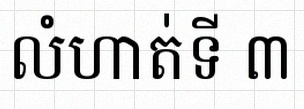
លំហាត់ទី ៣